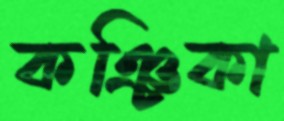
কঞ্চিকা